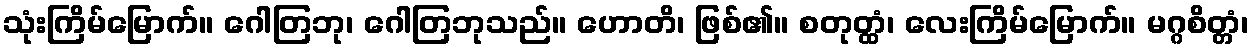
သုံးကြိမ်မြောက်။ ဂေါတြဘု၊ ဂေါတြဘုသည်။ ဟောတိ၊ ဖြစ်၏။ စတုတ္ထံ၊ လေးကြိမ်မြောက်။ မဂ္ဂစိတ္တံ၊